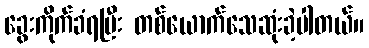
ခွေးကိုက်ခံရပြီး တစ်ယောက်သေဆုံးခဲ့ပါတယ်။